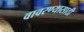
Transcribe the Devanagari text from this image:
वावरण्यासाठी